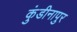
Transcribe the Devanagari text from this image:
कुंडीनापुर